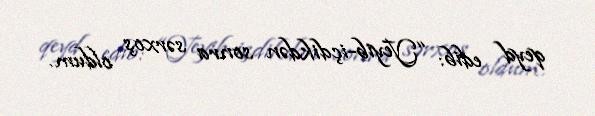
qeyd edib: “Yeyib-içdikdən sonra sərxoş oldum.